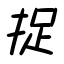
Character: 捉